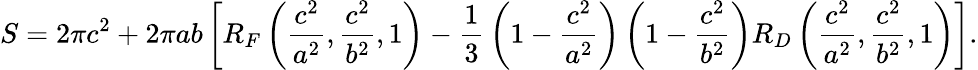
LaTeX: S=2\pi c^{2}+2\pi ab\left[R_{F}\left({\frac{c^{2}}{a^{2}}},{\frac{c^{2}}{b^{2}}},1\right)-{\frac{1}{3}}\left(1-{\frac{c^{2}}{a^{2}}}\right)\left(1-{\frac{c^{2}}{b^{2}}}\right)R_{D}\left({\frac{c^{2}}{a^{2}}},{\frac{c^{2}}{b^{2}}},1\right)\right].